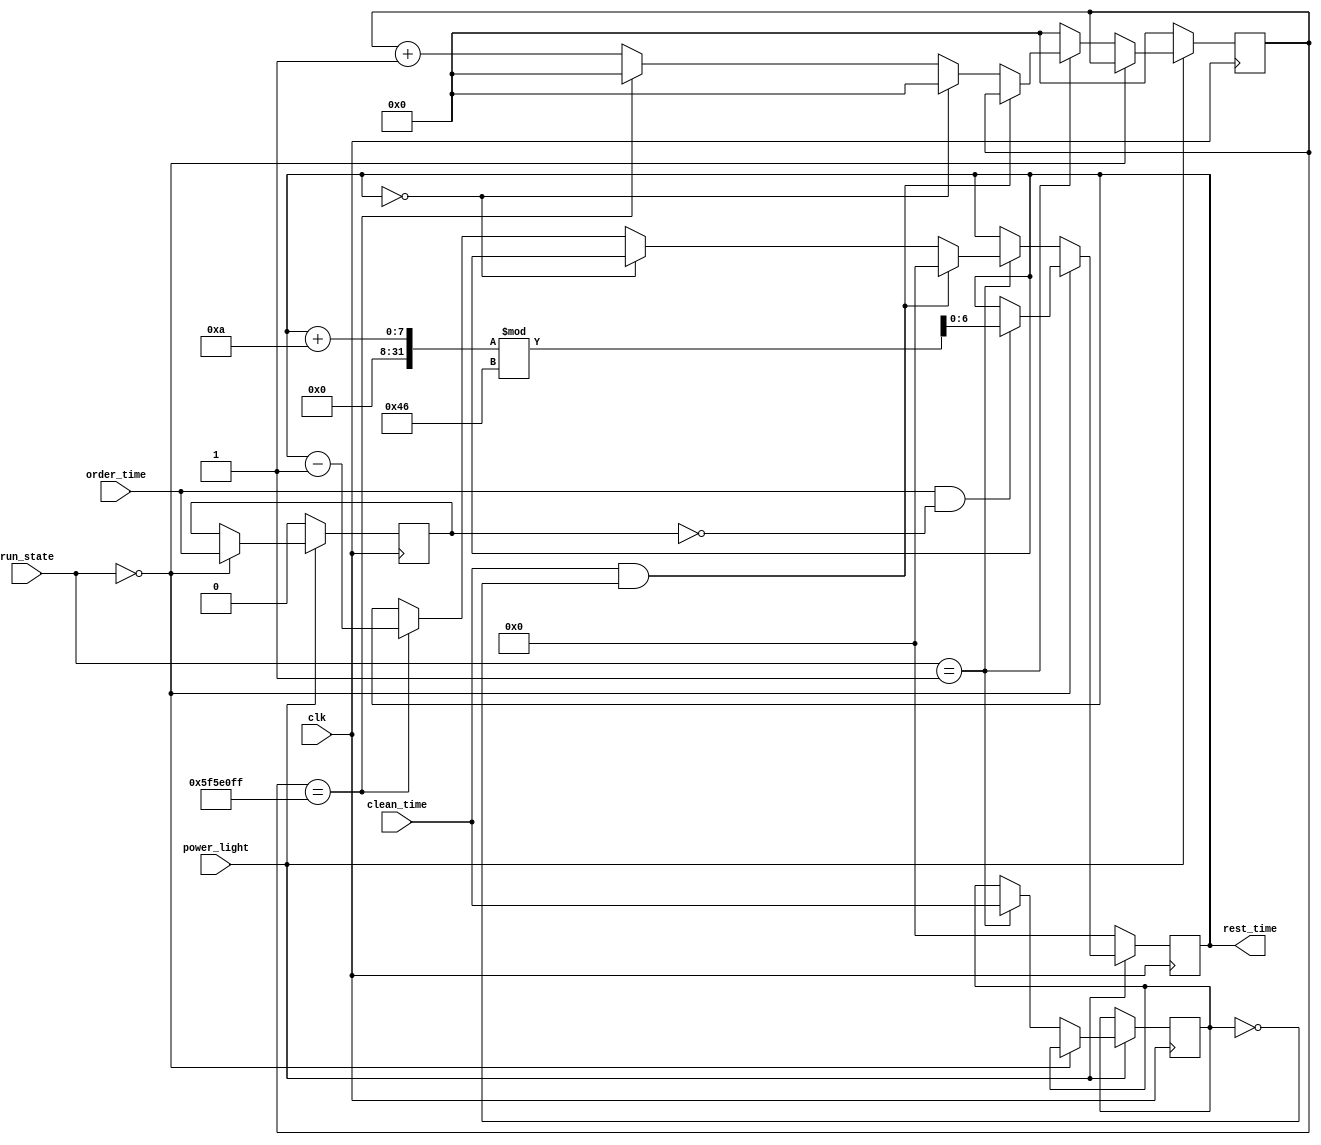
`timescale 1ns / 1ps
module order(clk,power_light,order_time,clean_time,run_state,rest_time);
    input clk,power_light,order_time,clean_time;
    input wire[1:0] run_state;
    output reg[6:0] rest_time;
    
    parameter N=100_000_000;
    reg [31:0] counter;
    reg order_flag,clean_flag;
    initial
        begin
            counter<=0;
            rest_time<=7'b0;
            order_flag<=0;
            clean_flag<=0;
        end
        
    always @ (posedge clk)
        begin
            if(power_light==1'b0)
              begin
                counter<=0;
                rest_time<=0;
                order_flag<=0;
              end
            else if(run_state==2'b00) //
              begin
                if(order_time==1'b1&&order_flag==1'b0)
                  begin
                    order_flag<=order_time;
                    rest_time<=(rest_time+10)%70;
                  end
                else
                    order_flag<=order_time;
              end
            else if(run_state==2'b01) //
              begin
                if(clean_time==1'b1&&clean_flag==1'b0) //
                  begin
                    rest_time<=7'b0;
                    clean_flag<=clean_time;
                  end
                else if(rest_time==7'b0)  //0
                    begin counter<=32'b0; clean_flag<=clean_time; end
                else //0
                  begin
                    clean_flag<=clean_time;
                    if(counter==N-1)
                       begin rest_time<=rest_time-1; counter<=32'b0; end
                    else
                       counter<=counter+1;
                  end  
              end
            else counter<=32'b0;
        end
endmodule